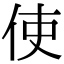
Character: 使